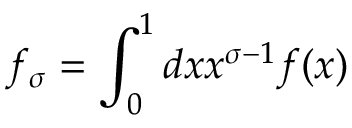
f _ { \sigma } = \int _ { 0 } ^ { 1 } d x x ^ { \sigma - 1 } f ( x )